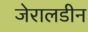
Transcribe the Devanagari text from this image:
जेरालडीन